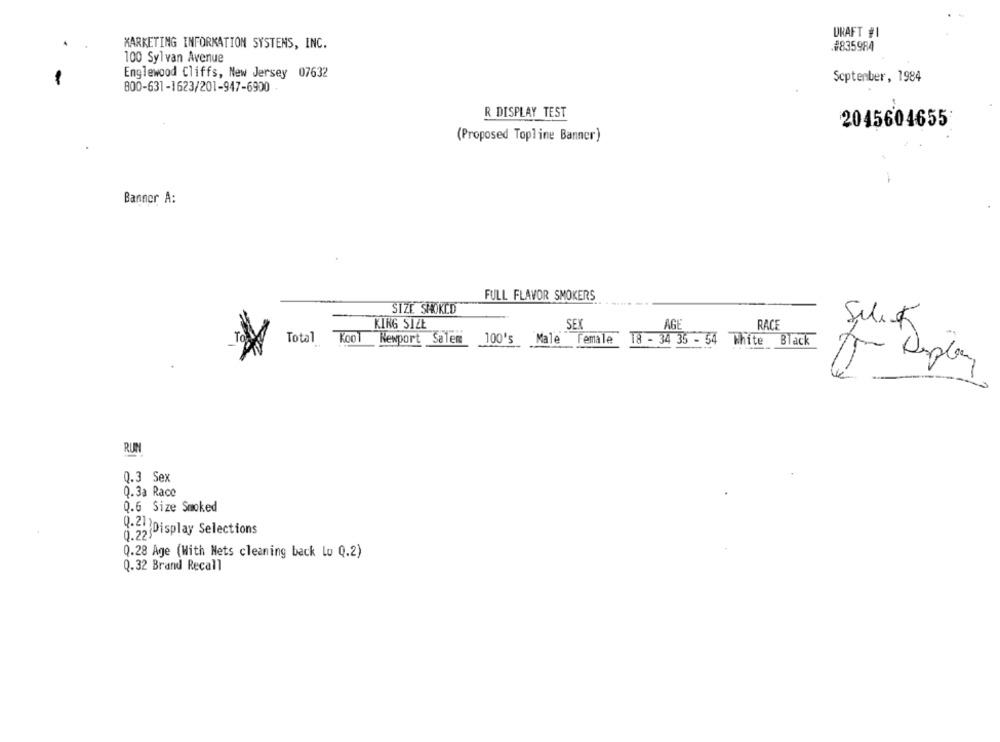
DRAFT #1
MARKETING INFORMATION SYSTEMS, INC.
#835984
100 Sylvan Avenue
Englewood Cliffs, New Jersey 07632
September, 1984
800-631-1623/201-947-6900 -
R DISPLAY TEST
2045604655
(Proposed Topline Banner)
Banner A:
FULL FLAVOR SMOKERS
SIZE SHOKED
KING SIZŁ
SEX
AGE
RACE
Silik
Total Kool Newport Salem 100's Male
Female
18 - 34 35 - 54
White
Black
RUM
Q.3 Sex
Q.3a Race
Q.6 Size Smoked
0.225
Q.2. )Display Selections
Q.28 Age (With Nets cleaning back Lu Q.2)
Q.32 Brand Recall